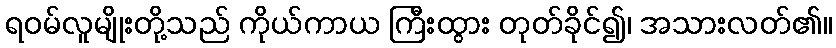
ရဝမ်လူမျိုးတို့သည် ကိုယ်ကာယ ကြီးထွား တုတ်ခိုင်၍၊ အသားလတ်၏။